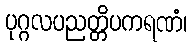
ပုဂ္ဂလပညတ္တိပကရဏံ၊